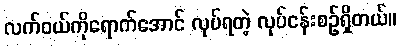
လက်ဝယ်ကိုရောက်အောင် လုပ်ရတဲ့ လုပ်ငန်းစဉ်ရှိတယ်။